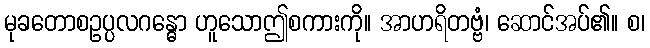
မုခတောစဥပ္ပလဂန္ဓော ဟူသောဤစကားကို။ အာဟရိတဗ္ဗံ၊ ဆောင်အပ်၏။ စ၊